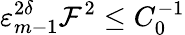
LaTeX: \varepsilon_{m-1}^{2\delta}\mathcal{F}^{2}\leq C_{0}^{-1}